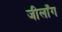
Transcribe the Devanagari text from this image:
जीलाँग